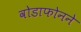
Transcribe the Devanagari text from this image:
वोडाफोनने